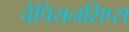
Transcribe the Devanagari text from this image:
चैपियनशिप्स